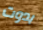
بدوت